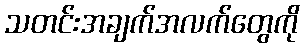
သတင်းအချက်အလက်တွေကို